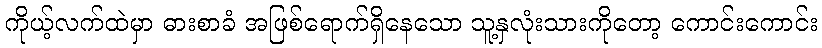
ကိုယ့်လက်ထဲမှာ ဓားစာခံ အဖြစ်ရောက်ရှိနေသော သူ့နှလုံးသားကိုတော့ ကောင်းကောင်း